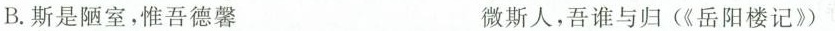
B.斯是陋室，惟吾德馨 微斯人，吾谁与归(《岳阳楼记》)